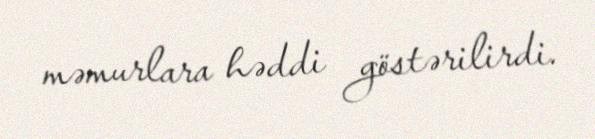
məmurlara həddi göstərilirdi.